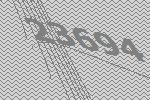
23694